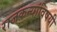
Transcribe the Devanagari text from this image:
राजकन्यांविषयी